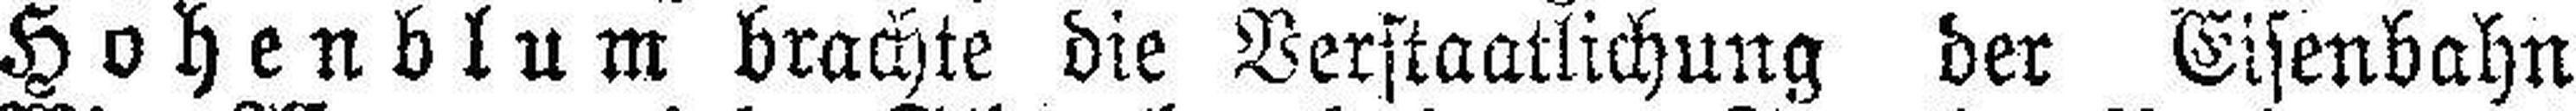
Hohenblum brachte die Verstaatlichung der Eisenbahn